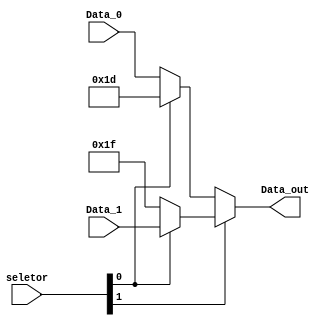
module MUX_4 (
	input wire [1:0] seletor,
	input wire [4:0] Data_0,
	//29 em binario
	//31 em binario
	input wire [4:0] Data_1,
	output wire [4:0] Data_out
);
	
	wire [4:0] A1;
	wire [4:0] A2;
	
	assign A1 = (seletor[0]) ? 5'b11101 : Data_0;
	assign A2 = (seletor[0]) ? Data_1 : 5'b11111;
	assign Data_out = (seletor[1]) ? A2 : A1;


endmodule